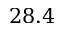
2 8 . 4